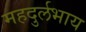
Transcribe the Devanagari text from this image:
महदुर्लभाय